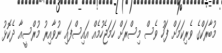
މުބާރަކްގެ ވެރިކަމަށް ފަހު ވެސް މިސްރަށް ހަމަޖެހުމެއް އައިސްފައި ނުވާއިރު މުރްސީއާ ދެކޮޅު